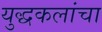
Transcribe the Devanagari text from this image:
युद्धकलांचा